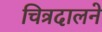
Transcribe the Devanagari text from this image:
चित्रदालने